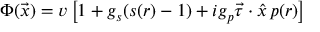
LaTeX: \Phi ( \vec { x } ) = v \left[ 1 + g _ { s } ( s ( r ) - 1 ) + i g _ { p } \vec { \tau } \cdot \hat { x } \, p ( r ) \right]